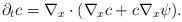
LaTeX: \begin{align*}\partial_t c =\nabla_x\cdot (\nabla_x c + c \nabla_x \psi).\end{align*}